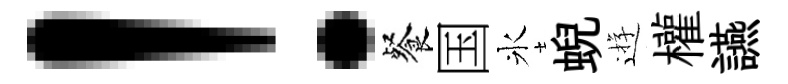
！餐国氷蜺逰權讌